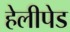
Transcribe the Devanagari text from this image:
हेलीपेड